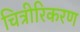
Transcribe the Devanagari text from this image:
चित्रीरिकरण